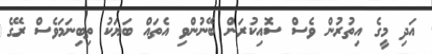
އަދި މީގެ އިތުރުން ވެސް ސޮއިކުރަން ބޭނުންވި އެތައް ބަޔަކު ތިބިނަމަވެސް ރޭގެ